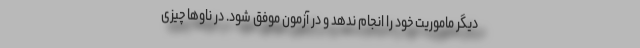
دیگر ماموریت خود را انجام ندهد و در آزمون موفق شود. در ناوها چیزی